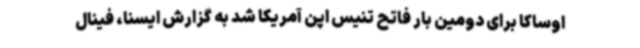
اوساکا برای دومین بار فاتح تنیس اپن آمریکا شد به گزارش ایسنا، فینال